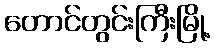
တောင်တွင်းကြီးမြို့